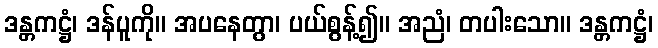
ဒန္တကဋ္ဌံ၊ ဒန်ပူကို။ အပနေတွာ၊ ပယ်စွန့်၍။ အညံ၊ တပါးသော။ ဒန္တကဋ္ဌံ၊